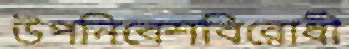
উপনিবেশবিরোধী